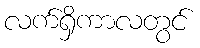
လက်ရှိကာလတွင်